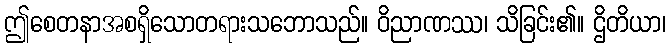
ဤစေတနာအစရှိသောတရားသဘောသည်။ ဝိညာဏဿ၊ သိခြင်း၏။ ဌိတိယာ၊